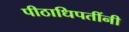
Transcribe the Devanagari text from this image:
पीठाधिपतींनी